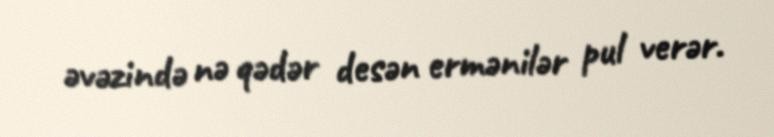
əvəzində nə qədər desən ermənilər pul verər.